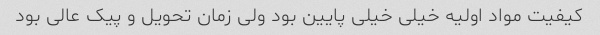
کیفیت مواد اولیه خیلی خیلی پایین بود ولی زمان تحویل و پیک عالی بود